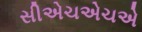
સીએચએચએ